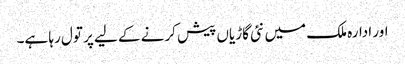
اور ادارہ ملک میں نئی گاڑیاں پیش کرنے کے لیے پر تول رہا ہے۔